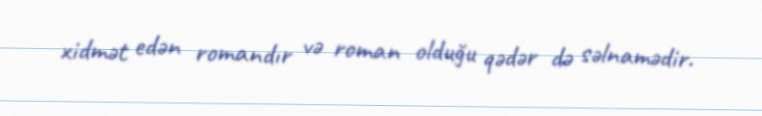
xidmət edən romandır və roman olduğu qədər də səlnamədir.